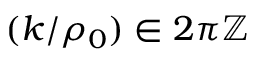
( k / \rho _ { 0 } ) \in 2 \pi \mathbb { Z }